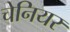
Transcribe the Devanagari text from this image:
चेनियर